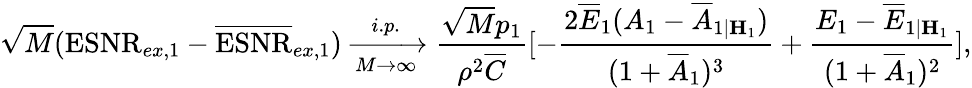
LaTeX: \sqrt{M}(\mathrm{ESNR}_{ex,1}-\overline{{\mathrm{ESNR}}}_{ex,1})\xrightarrow[M\rightarrow\infty]{i.p.}\frac{\sqrt{M}p_{1}}{\rho^{2}\overline{{C}}}[-\frac{2\overline{{E}}_{1}(A_{1}-\overline{{A}}_{1|{\mathbf{H}}_{1}})}{(1+\overline{{A}}_{1})^{3}}+\frac{E_{1}-\overline{{E}}_{1|{\mathbf{H}}_{1}}}{(1+\overline{{A}}_{1})^{2}}],